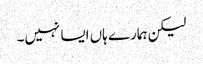
لیکن ہمارے ہاں ایسا نہیں۔